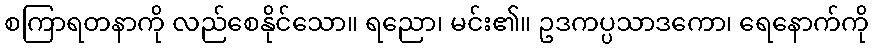
စကြာရတနာကို လည်စေနိုင်သော။ ရညော၊ မင်း၏။ ဥဒကပ္ပသာဒကော၊ ရေနောက်ကို